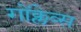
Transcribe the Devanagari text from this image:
गोंक्लेव्स